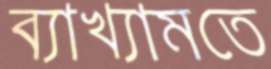
ব্যাখ্যামতে